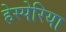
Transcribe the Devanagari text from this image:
हेस्पेरिया